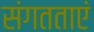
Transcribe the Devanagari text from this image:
संगतताएं